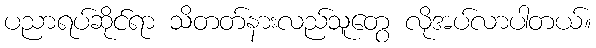
ပညာရပ်ဆိုင်ရာ သိတတ်နားလည်သူတွေ လိုအပ်လာပါတယ်။